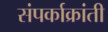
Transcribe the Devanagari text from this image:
संपर्काक्रांती